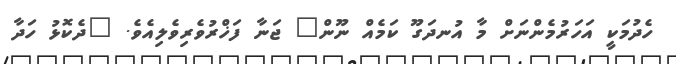
ހެދުމަކީ އަހަރުމެންނަށް މާ އުނދަގޫ ކަމެއް ނޫން" ޖަނާ ފަޚްރުވެރިވެލިއެވެ. "ދެކޮޅު ހަދާ